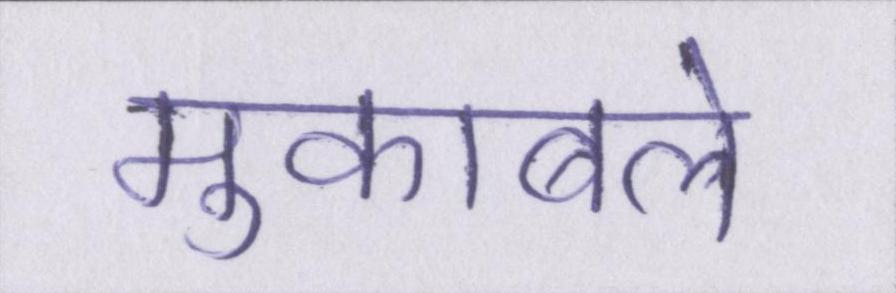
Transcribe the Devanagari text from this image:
मुकाबले